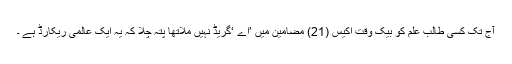
آج تک کسی طالب علم کو بیک وقت اکیس (21) مضامین میں ’اے ‘گریڈ نہیں ملاتھا پتہ چلا کہ یہ ایک عالمی ریکارڈ ہے ۔